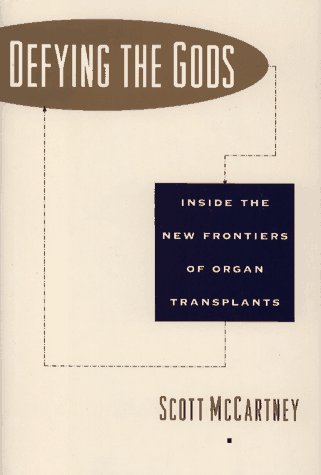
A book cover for Defying the Gods: Inside the New Frontier of Organ Transplant; Scott Mccartney; Health, Fitness & Dieting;